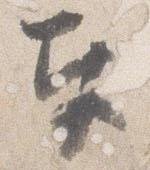
奉